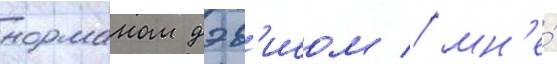
норманом дэв'исом / мн'е́